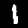
Label: 1